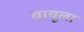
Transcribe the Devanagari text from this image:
वायूला